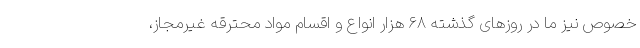
خصوص نیز ما در روزهای گذشته ۶۸ هزار انواع و اقسام مواد محترقه غیرمجاز،